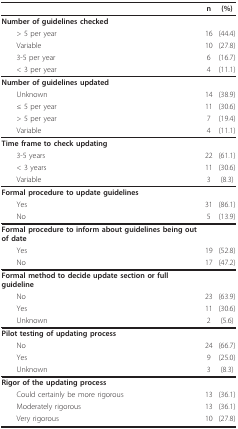
<table><thead><tr><td></td><td><b>n</b></td><td><b>(%)</b></td></tr></thead><tbody><tr><td><b>Number of guidelines checked</b></td><td></td><td></td></tr><tr><td> &gt; 5 per year</td><td>16</td><td>(44.4)</td></tr><tr><td> Variable</td><td>10</td><td>(27.8)</td></tr><tr><td> 3-5 per year</td><td>6</td><td>(16.7)</td></tr><tr><td> &lt; 3 per year</td><td>4</td><td>(11.1)</td></tr><tr><td><b>Number of guidelines updated</b></td><td></td><td></td></tr><tr><td> Unknown</td><td>14</td><td>(38.9)</td></tr><tr><td> ≤ 5 per year</td><td>11</td><td>(30.6)</td></tr><tr><td> &gt; 5 per year</td><td>7</td><td>(19.4)</td></tr><tr><td> Variable</td><td>4</td><td>(11.1)</td></tr><tr><td><b>Time frame to check updating</b></td><td></td><td></td></tr><tr><td> 3-5 years</td><td>22</td><td>(61.1)</td></tr><tr><td> &lt; 3 years</td><td>11</td><td>(30.6)</td></tr><tr><td> Variable</td><td>3</td><td>(8.3)</td></tr><tr><td><b>Formal procedure to update guidelines</b></td><td></td><td></td></tr><tr><td> Yes</td><td>31</td><td>(86.1)</td></tr><tr><td> No</td><td>5</td><td>(13.9)</td></tr><tr><td><b>Formal procedure to inform about guidelines being out of date</b></td><td></td><td></td></tr><tr><td> Yes</td><td>19</td><td>(52.8)</td></tr><tr><td> No</td><td>17</td><td>(47.2)</td></tr><tr><td><b>Formal method to decide update section or full guideline</b></td><td></td><td></td></tr><tr><td> No</td><td>23</td><td>(63.9)</td></tr><tr><td> Yes</td><td>11</td><td>(30.6)</td></tr><tr><td> Unknown</td><td>2</td><td>(5.6)</td></tr><tr><td><b>Pilot testing of updating process</b></td><td></td><td></td></tr><tr><td> No</td><td>24</td><td>(66.7)</td></tr><tr><td> Yes</td><td>9</td><td>(25.0)</td></tr><tr><td> Unknown</td><td>3</td><td>(8.3)</td></tr><tr><td><b>Rigor of the updating process</b></td><td></td><td></td></tr><tr><td> Could certainly be more rigorous</td><td>13</td><td>(36.1)</td></tr><tr><td> Moderately rigorous</td><td>13</td><td>(36.1)</td></tr><tr><td> Very rigorous</td><td>10</td><td>(27.8)</td></tr></tbody></table>